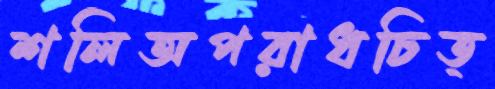
শলিঅপরাধচিত্